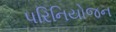
પરિનિયોજન